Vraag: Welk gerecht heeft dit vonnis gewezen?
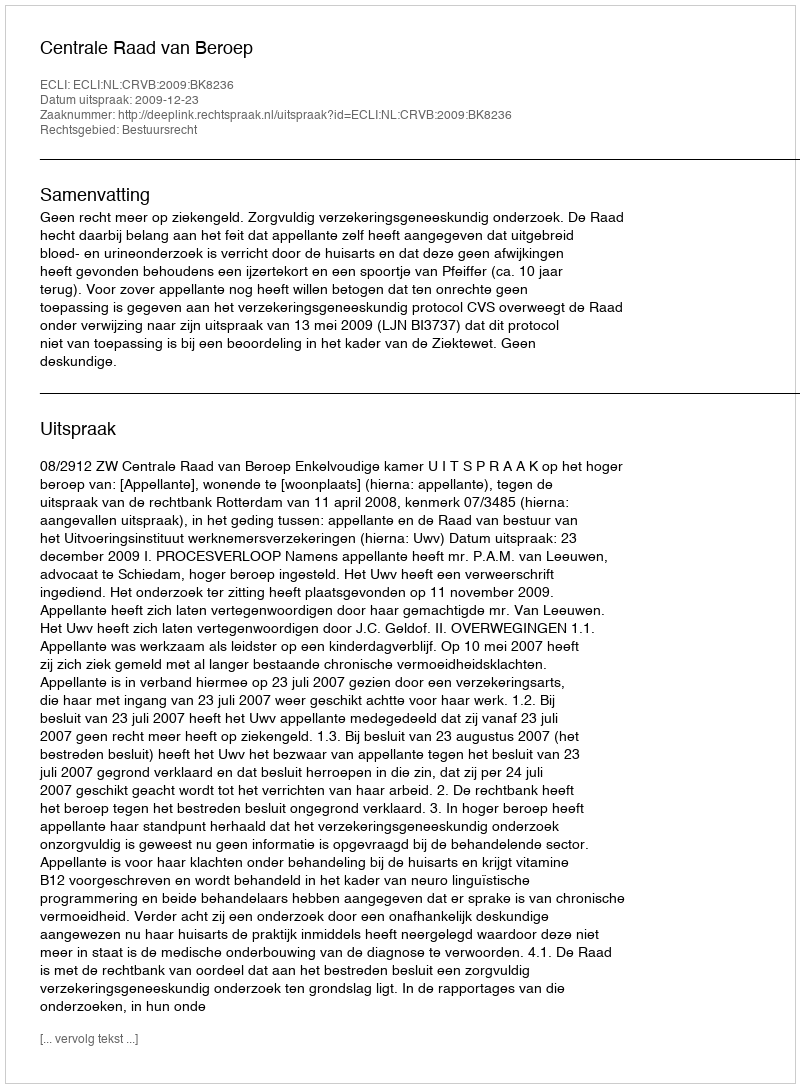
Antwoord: Centrale Raad van Beroep